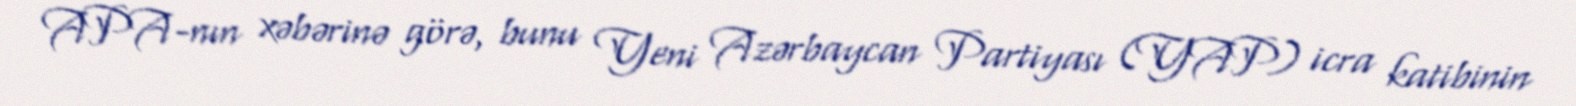
APA-nın xəbərinə görə, bunu Yeni Azərbaycan Partiyası (YAP) icra katibinin